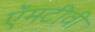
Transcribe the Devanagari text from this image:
ऍमटीवी